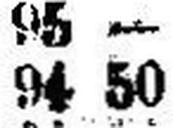
94 50